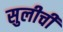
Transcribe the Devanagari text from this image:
सुलीची